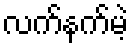
လက်နက်မဲ့